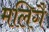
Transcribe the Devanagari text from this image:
मलिगै